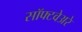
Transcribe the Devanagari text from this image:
सॉफ्टवेअरे